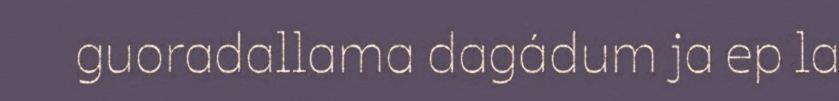
guoradallama dagádum ja ep la